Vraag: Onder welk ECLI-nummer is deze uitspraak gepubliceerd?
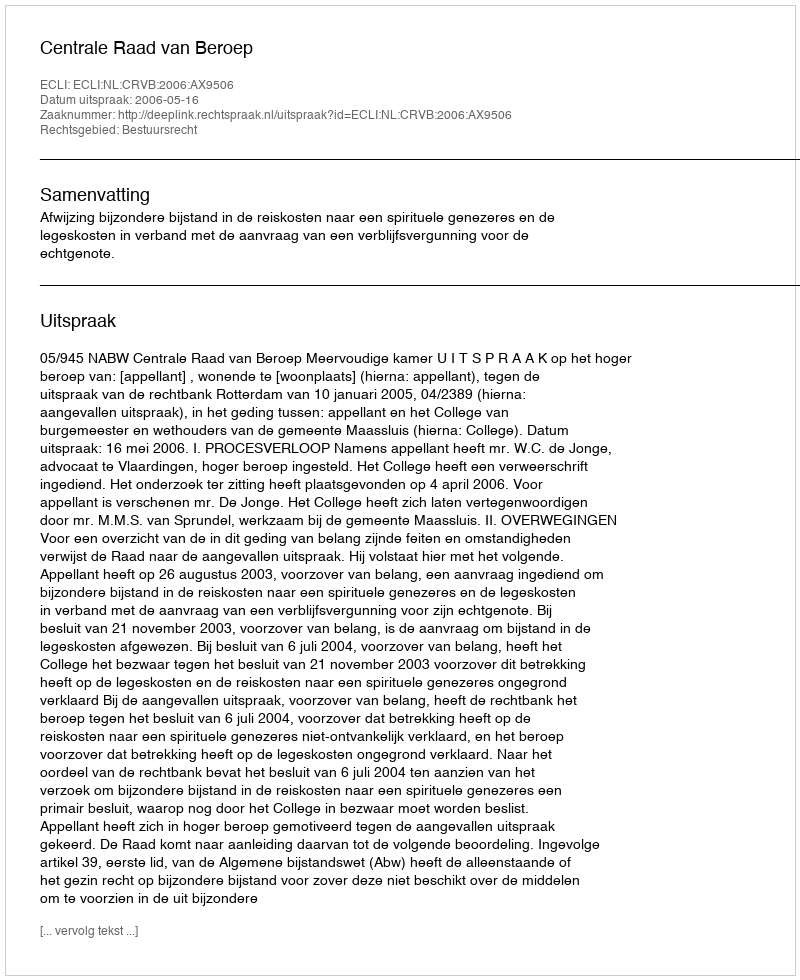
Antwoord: ECLI:NL:CRVB:2006:AX9506